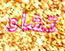
تشاو